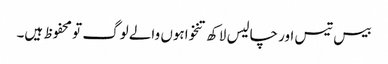
بیس تیس اور چالیس لاکھ تنخواہوں والے لوگ تو محفوظ ہیں۔